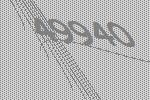
49940